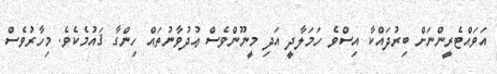
އަވައްޓެރީންނަށް ބިރުދައްކާ އިސްވެ ހަމަލާދީ އަދި މީނޫންވެސް ޢުދުވާނުތައް ހިންގާ ޤައުމެކެވެ. މިހާރުވެސް